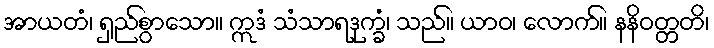
အာယတံ၊ ရှည်စွာသော။ ဣဒံ သံသာရဒုက္ခံ၊ သည်။ ယာဝ၊ လောက်။ နနိဝတ္တတိ၊